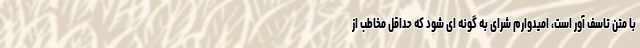
با متن تاسف آور است، امیدوارم شرای به گونه ای شود که حداقل مخاطب از